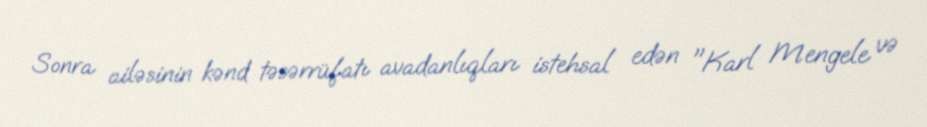
Sonra ailəsinin kənd təsərrüfatı avadanlıqları istehsal edən "Karl Mengele və